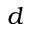
d